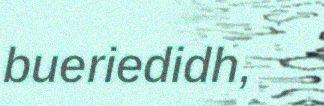
bueriedidh,